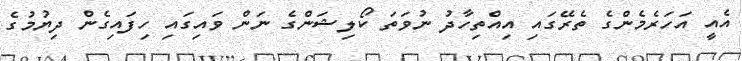
އެއީ އަހަރެެމެންގެ ތެރޭގައި އިއްްތިހާދު ނުވަތަ ކޯލިޝަންގެ ނަން ވައިގައި ހިފައިގެން ދިޔުމުގެ